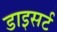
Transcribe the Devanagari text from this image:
डाइसर्ट